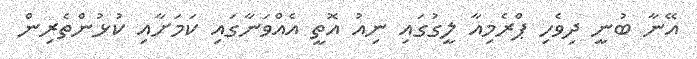
އޭނާ ބުނީ ދިވެހި ޕްރެމިއާ ލީގުގައި ނިއު އޮތީ އެއްވަނާގައި ކަމަށާއި ކުޅުންތެރިން